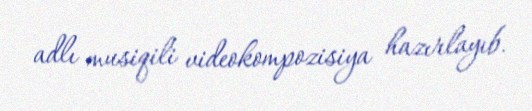
adlı musiqili videokompozisiya hazırlayıb.